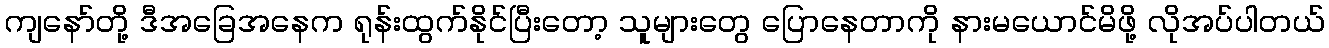
ကျနော်တို့ ဒီအခြေအနေက ရုန်းထွက်နိုင်ပြီးတော့ သူများတွေ ပြောနေတာကို နားမယောင်မိဖို့ လိုအပ်ပါတယ်